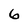
Character: 6